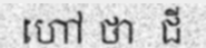
ហៅ ថា  ជី